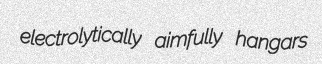
electrolytically aimfully hangars